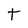
Character: t